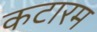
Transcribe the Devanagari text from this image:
कटारम